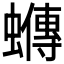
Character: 𧓆